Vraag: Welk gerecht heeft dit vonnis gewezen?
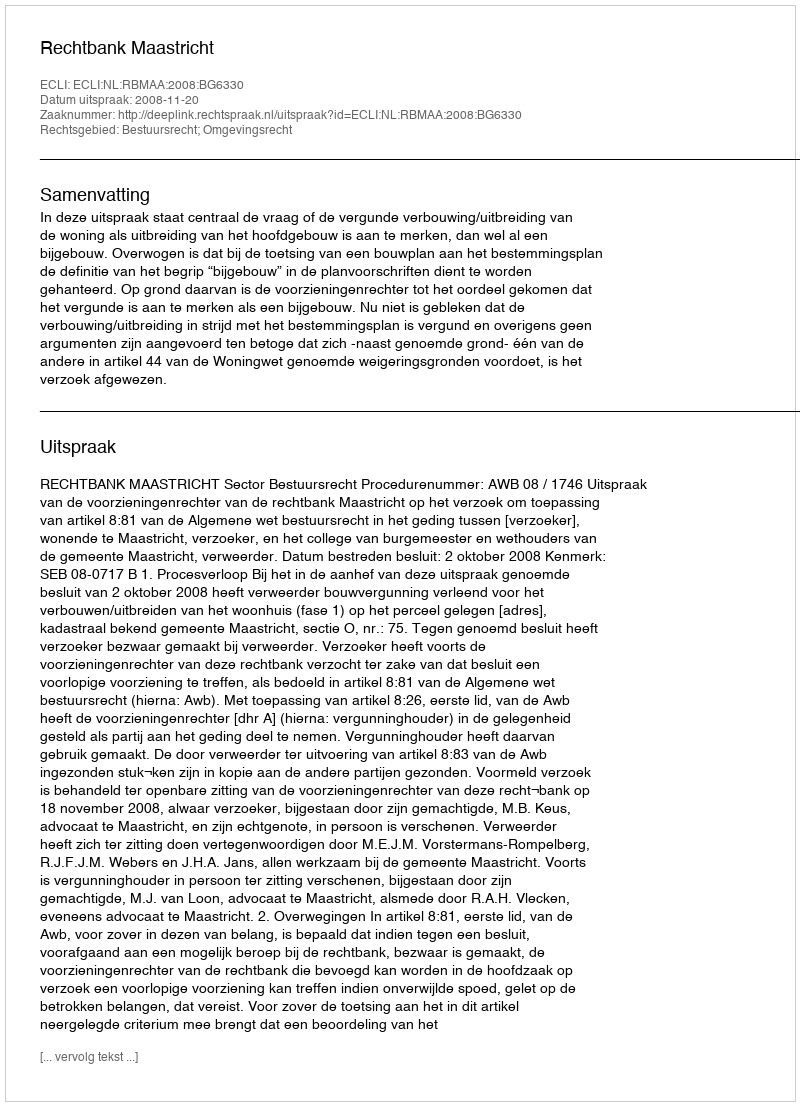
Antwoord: Rechtbank Maastricht